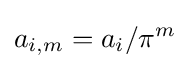
a_{i,m}=a_{i}/\pi ^{m}